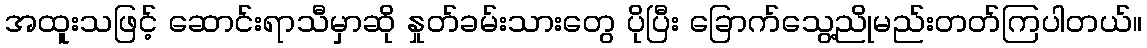
အထူးသဖြင့် ဆောင်းရာသီမှာဆို နှုတ်ခမ်းသားတွေ ပိုပြီး ခြောက်သွေ့ညိုမည်းတတ်ကြပါတယ်။